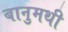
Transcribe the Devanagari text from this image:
बानुमथी